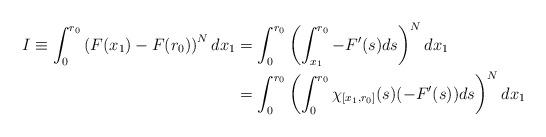
LaTeX: \begin{align*}I\equiv\int_{0}^{r_{0}}\left(F(x_{1})-F(r_{0})\right)^{N}dx_{1}&=\int_{0}^{r_{0}}\left(\int_{x_{1}}^{r_{0}}-F^{\prime }(s)ds\right)^{N}dx_{1}\\&=\int_{0}^{r_{0}}\left(\int_{0}^{r_{0}}\chi_{[x_{1},r_{0}]}(s)(-F^{\prime}(s))ds\right)^{N}dx_{1}\end{align*}